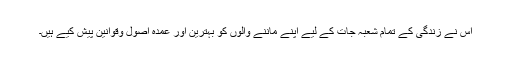
اس نے زندگی کے تمام شعبہ جات کے لیے اپنے ماننے والوں کو بہترین اور عمدہ اصول وقوانین پیش کیے ہیں۔